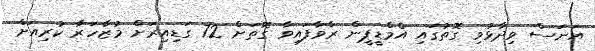
އަނަސް ވިދާޅުވި ގޮތުގައި އެމްޑީޕީން ރާވާފައިވާ ގޮތަށް 72 ގަޑިއިރަށް މުޒާހަރާ ކުރިއަށް